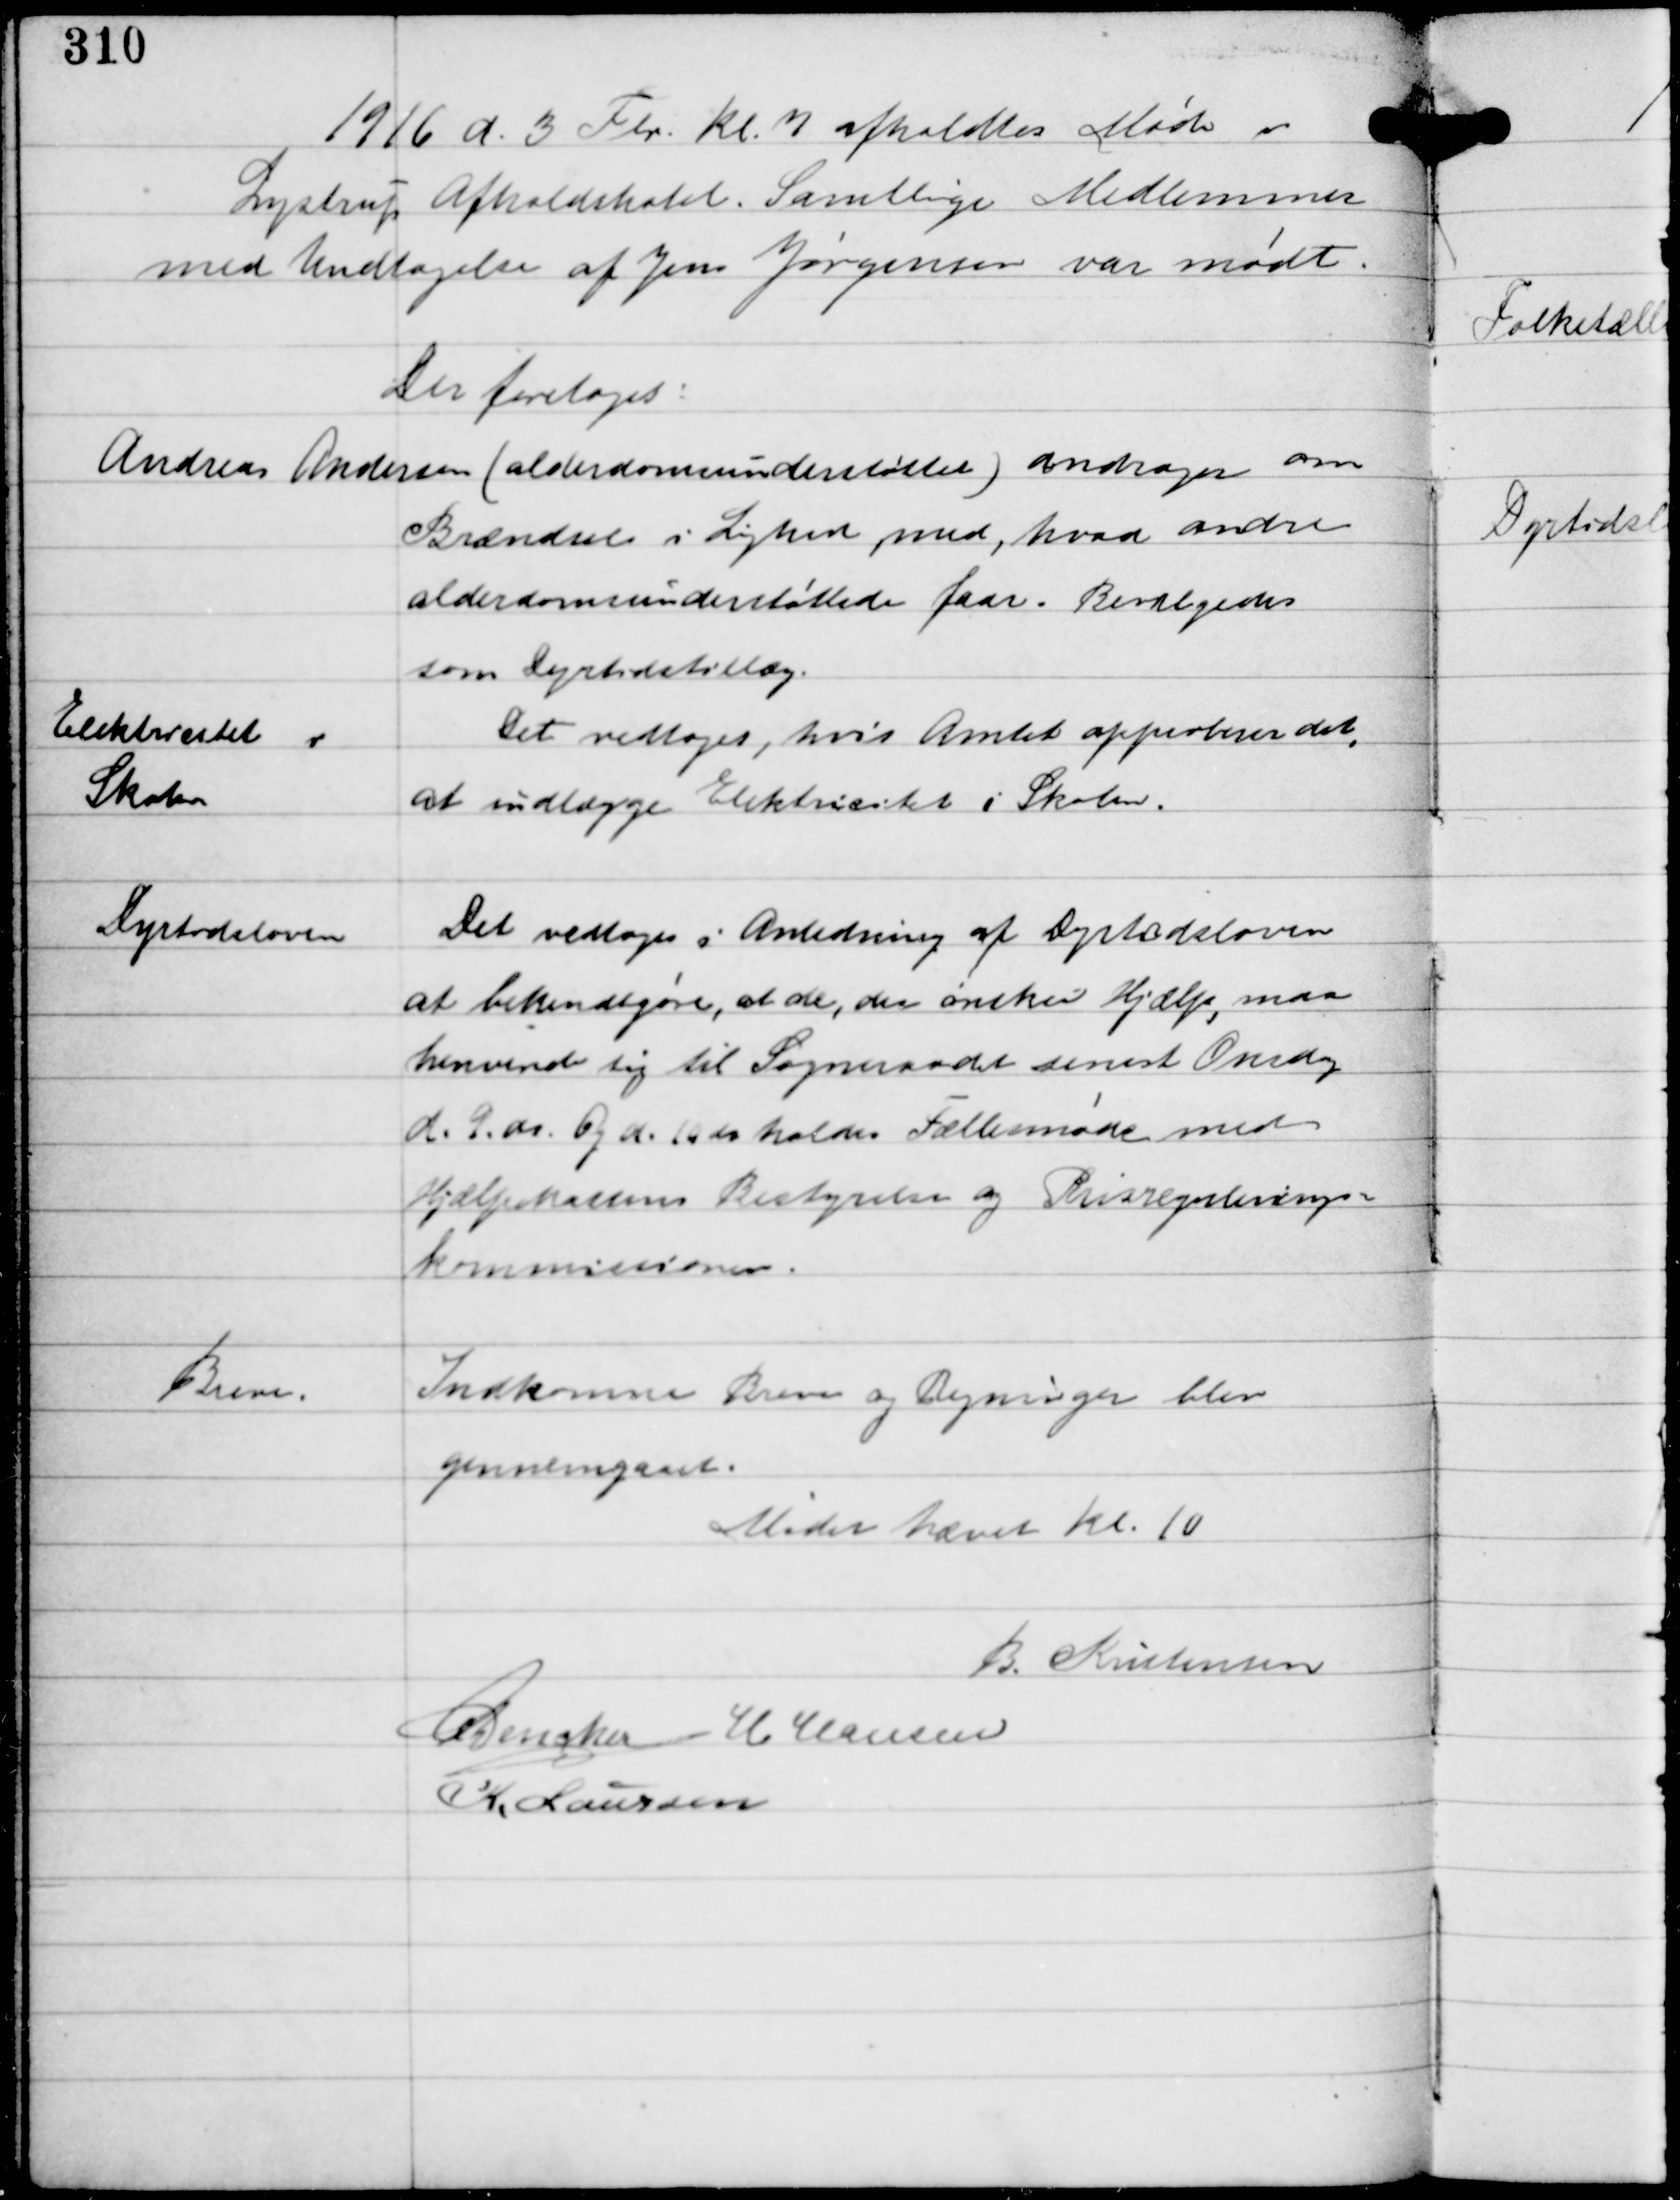
Transskription:
1916 d. 3 Feb Kl 7 afholdtes Møde i
Lystrup Afholdshotel. Samtlige Medlemmer
med Undtagelse af Jens Jørgensen var mødt.

Der foretoges:

Andreas Andersen (alderdomsunderstøttelse) andrager om
Brændsel i Lighed med, hvad andre
alderdomsunderstøttede faar. Bevilgedes
som Dyrtidstillæg.

Elektricitet i
Skolen

Det vedtoges, hvis Amtet approberer det,
at indlægge Elektricitet i Skolen.

Dyrtidsloven

Det vedtoges i Anledning af Dyrtidsloven
at bekendtgøre, at de, der ønsker Hjælp, maa
henvende sig til Sogneraadet senest Onsdag
d. 9. ds Og d. 10 ds holdes Fællesmøde med
Hjælpekassens Bestyrelse og Prisregulerings-
kommissionen.

Breve.

Indkomne Breve og Regninger blev
gennemgaaet.

Mødet Hævet Kl. 10
B. Kristensen
C Dencker H Hansen
K. Laursen